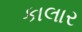
કાલાર